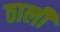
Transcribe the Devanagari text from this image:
ठाली